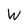
Character: W